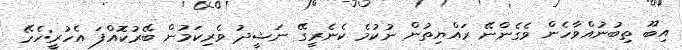
އިބޫ ތިބުނުއްވާހެން ވެގެންނޭ ރައްޔިތުން ނުކުމެ ކެނެރީގޭ ނަޝީދު ވެރިކަމުން ބޭރުކޮއްފަ އެހުރީ:ހެހޭ